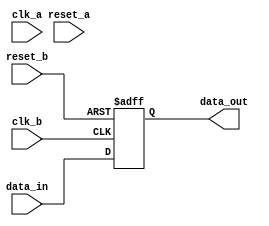
module synchronizer (
    input wire clk_a, // input clock domain
    input wire clk_b, // destination clock domain
    input wire reset_a, // asynchronous reset signal in input clock domain
    input wire reset_b, // synchronized reset signal in destination clock domain
    input wire data_in, // input data signal to be synchronized
    output reg data_out // synchronized output data signal
);

// Synchronize reset signal from input clock domain to destination clock domain
always @(posedge clk_b or posedge reset_b) begin
    if (reset_b) begin
        data_out <= 1'b0; // synchronized reset value
    end else begin
        data_out <= data_in; // pass through synchronized data
    end
end

endmodule